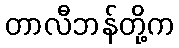
တာလီဘန်တို့က